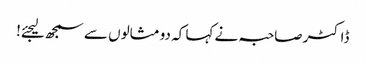
ڈاکٹر صاحبہ نے کہا کہ دو مثالوں سے سمجھ لیجئے!